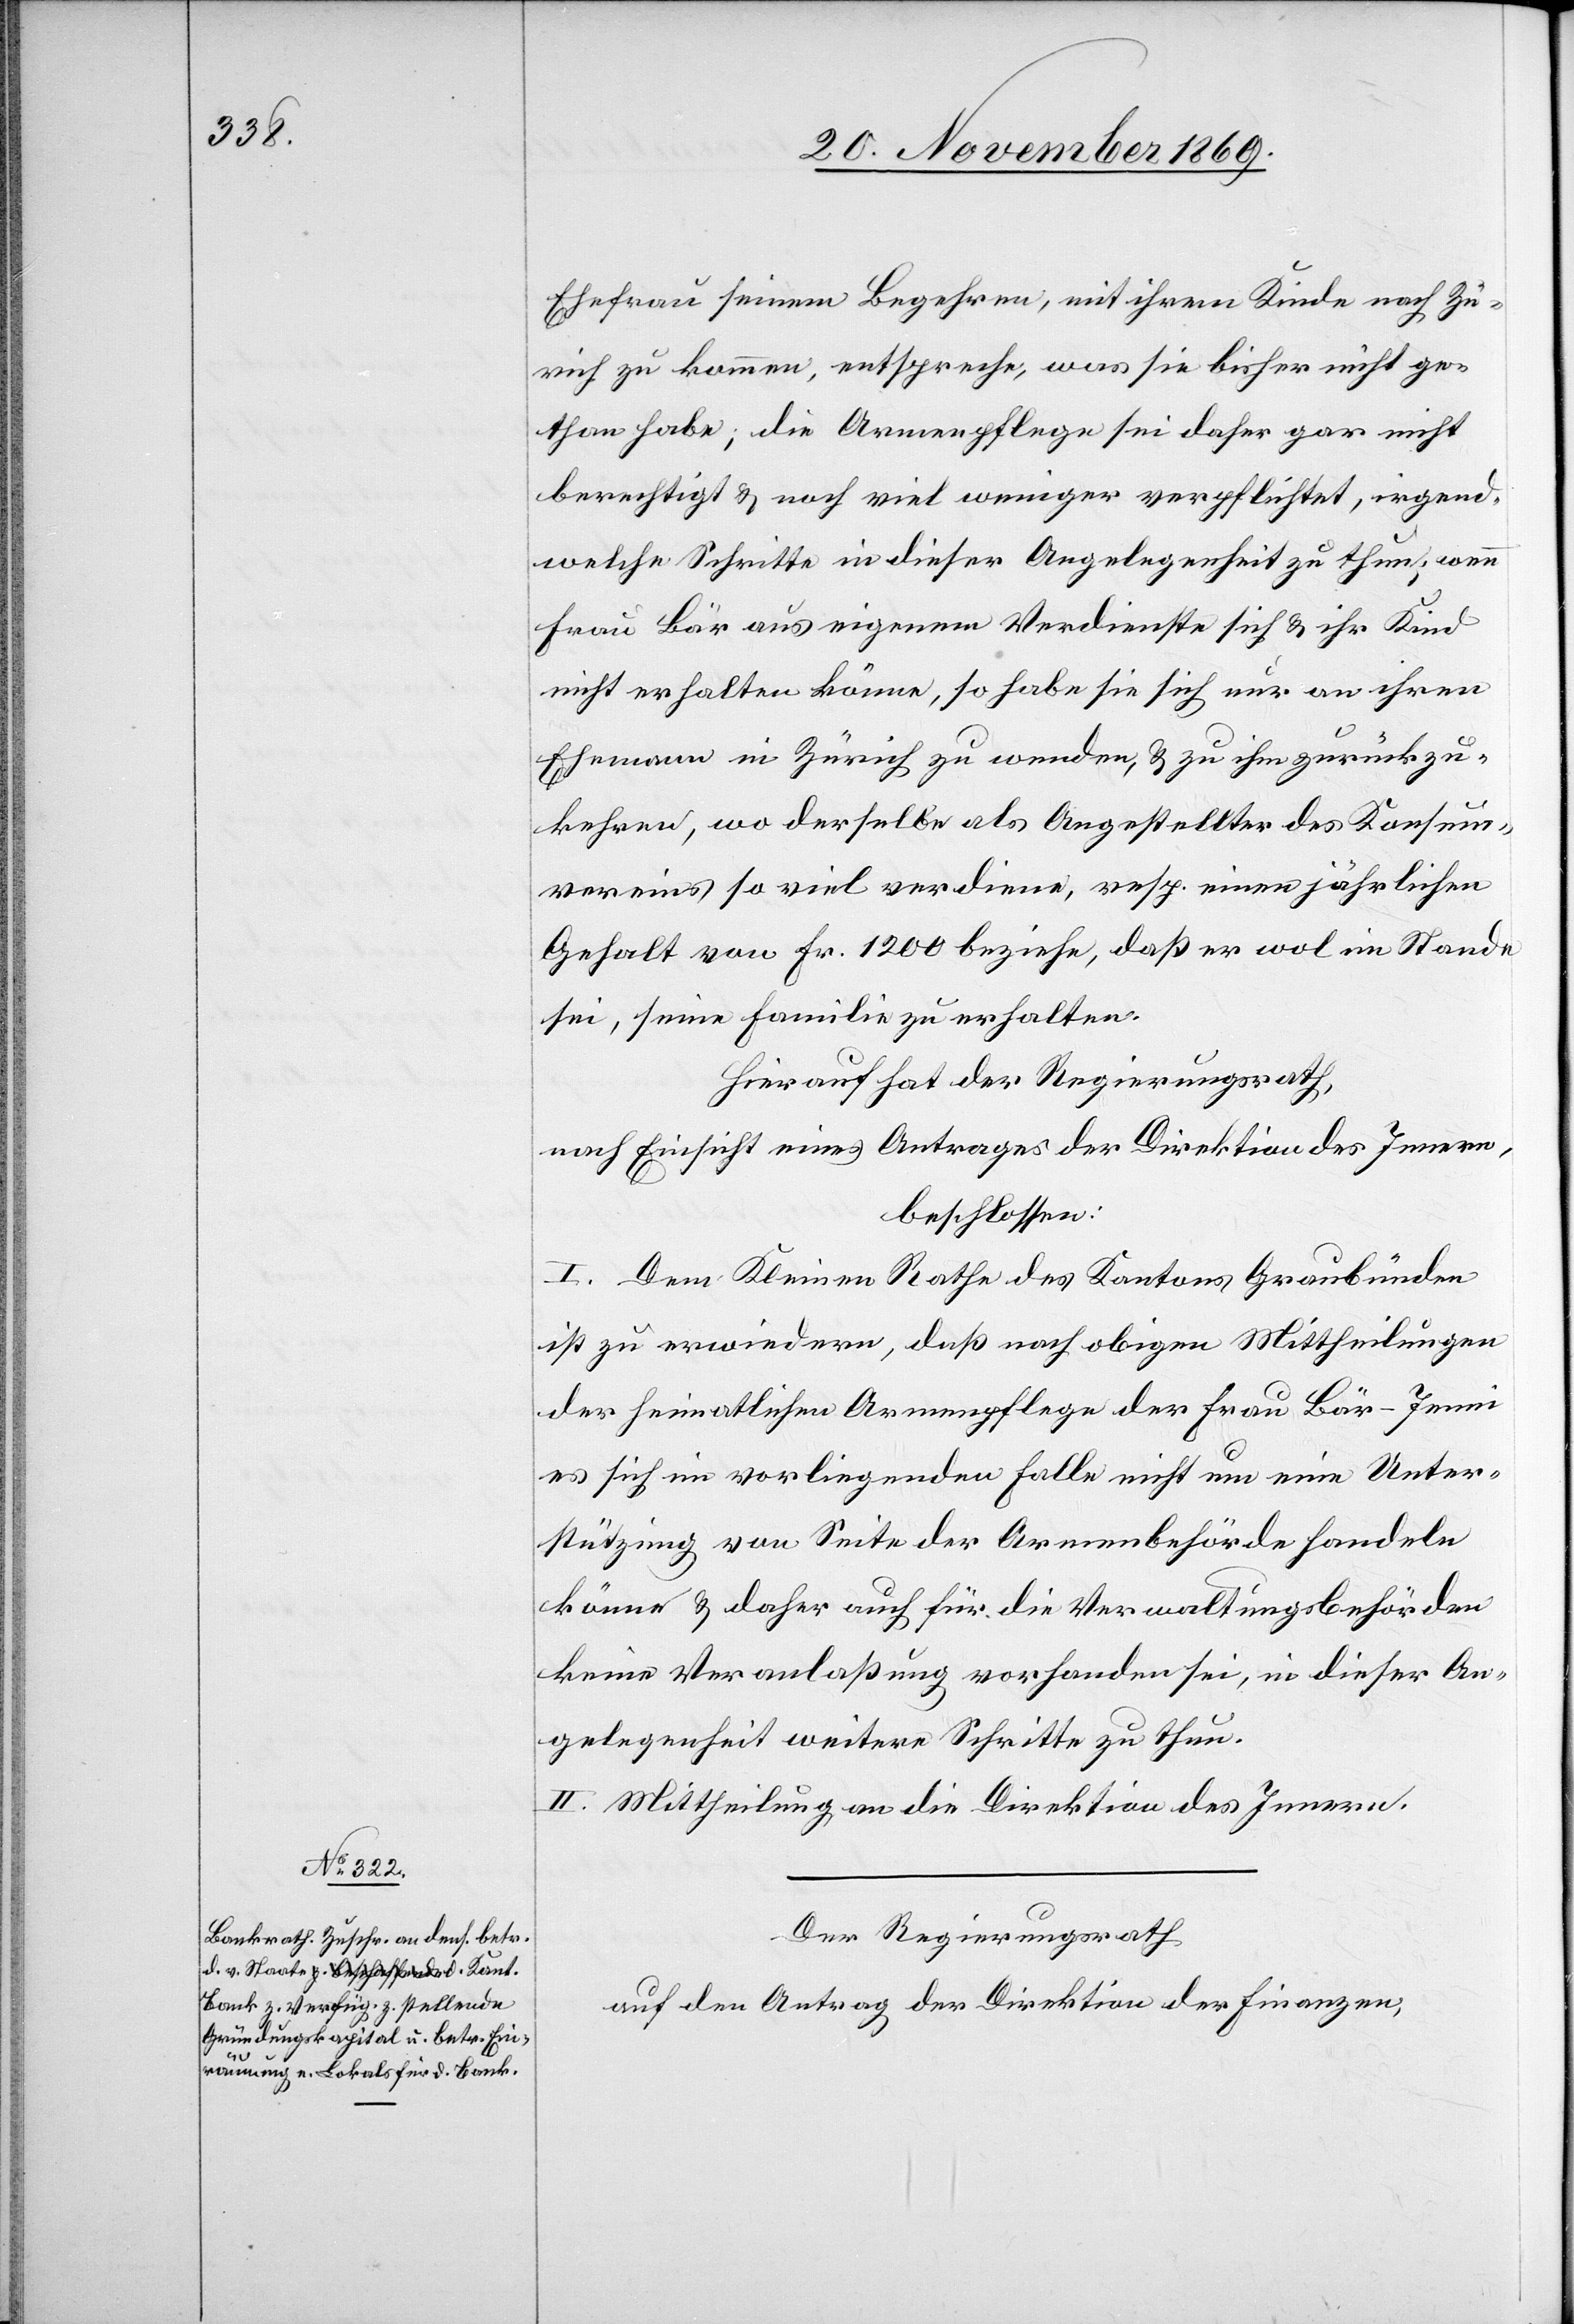
Ehefrau seinem Begehren, mit ihrem Kinde nach Zü¬
rich zu kommen, entspreche, was sie bisher nicht ge¬
than habe; die Armenpflege sei daher gar nicht
berechtigt & noch viel weniger verpflichtet, irgend¬
welche Schritte in dieser Angelegenheit zu thun; wenn
Frau Bär aus eigenem Verdienste sich & ihr Kind
nicht erhalten könne, so habe sie sich nur an ihren
Ehemann in Zürich zu wenden, & zu ihm zurückzu¬
kehren, wo derselbe als Angestellter des Konsum¬
vereins so viel verdiene, resp. einen jährlichen
Gehalt von Fr. 1200 beziehe, daß er wol im Stande
sei, seine Familie zu erhalten.
Hierauf hat der Regierungsrath,
nach Einsicht eines Antrages der Direktion des Innern,
beschlossen:
I. Dem Kleinen Rathe des Kantons Graubünden
ist zu erwiedern, daß nach obigen Mittheilungen
der heimatlichen Armenpflege der Frau Bär-Jenni
es sich im vorliegenden Falle nicht um eine Unter¬
stützung von Seite der Armenbehörde handeln
könne & daher auch für die Verwaltungsbehörden
keine Veranlaßung vorhanden sei, in dieser An¬
gelegenheit weitere Schritte zu thun.
II. Mittheilung an die Direktion des Innern.
Der Regierungsrath
auf den Antrag der Direktion der Finanzen,